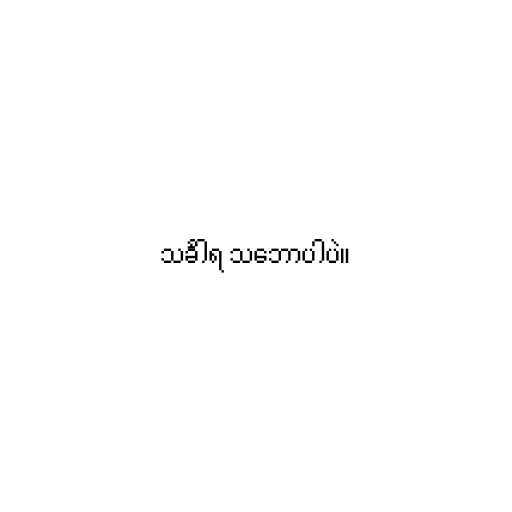
သင်္ခါရ သ‌ဘောပါပဲ။